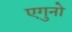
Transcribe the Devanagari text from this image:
एगुनो